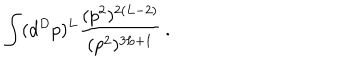
\int ( d ^ { D } p ) ^ { L } { \frac { ( p ^ { 2 } ) ^ { 2 ( L - 2 ) } } { ( p ^ { 2 } ) ^ { 3 L + 1 } } } \, .